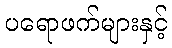
ပရောဖက်များနှင့်